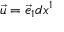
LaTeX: { \vec { u } } = { \vec { e } } _ { 1 } d x ^ { 1 }